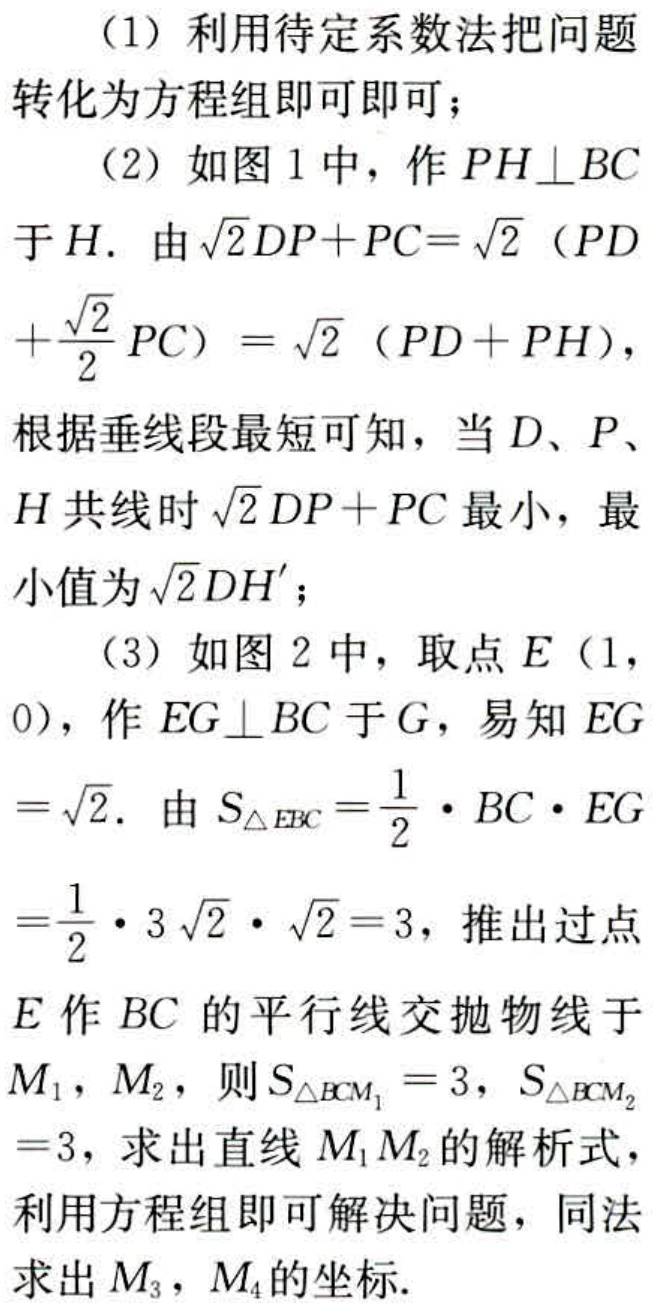
（1）利用待定系数法把问题转化为方程组即可即可；
（2）如图 1 中，作 \(PH\perp BC\) 于 \(H\). 由 \(\sqrt{2}DP + PC=\sqrt{2}(PD+\frac{\sqrt{2}}{2}PC)=\sqrt{2}(PD + PH)\)，根据垂线段最短可知，当 \(D\)、\(P\)、\(H\) 共线时 \(\sqrt{2}DP + PC\) 最小，最小值为 \(\sqrt{2}DH'\)；
（3）如图 2 中，取点 \(E(1,0)\)，作 \(EG\perp BC\) 于 \(G\)，易知 \(EG = \sqrt{2}\). 由 \(S_{\triangle EBC}=\frac{1}{2}\cdot BC\cdot EG=\frac{1}{2}\cdot 3\sqrt{2}\cdot\sqrt{2}=3\)，推出过点 \(E\) 作 \(BC\) 的平行线交抛物线于 \(M_1\)，\(M_2\)，则 \(S_{\triangle BCM_1}=3\)，\(S_{\triangle BCM_2}=3\)，求出直线 \(M_1M_2\) 的解析式，利用方程组即可解决问题，同法求出 \(M_3\)，\(M_4\) 的坐标.